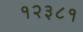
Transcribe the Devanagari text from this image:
१२३८१